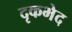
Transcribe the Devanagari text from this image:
दृकभेद